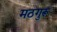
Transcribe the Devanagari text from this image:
मठगुरू